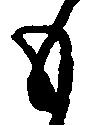
も